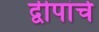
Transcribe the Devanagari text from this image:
द्वीपांचे